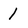
Character: 1